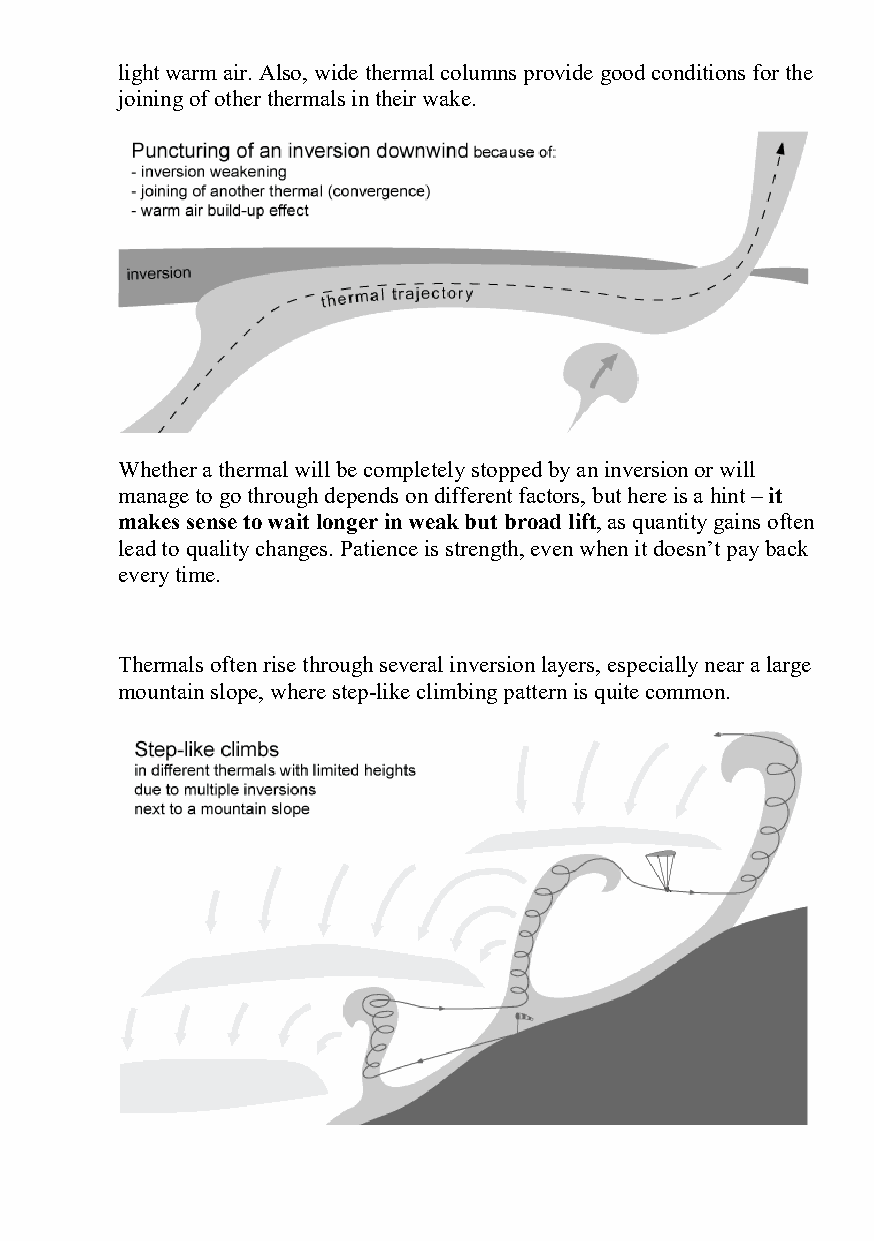
light warm air. Also, wide thermal columns provide good conditions for the
 joining of other thermals in their wake.
 Whether a thermal will be completely stopped by an inversion or will
 manage to go through depends on different factors, but here is a hint – it
 makes sense to wait longer in weak but broad lift, as quantity gains often
 lead to quality changes. Patience is strength, even when it doesn’t pay back
 every time.
 Thermals often rise through several inversion layers, especially near a large
 mountain slope, where step-like climbing pattern is quite common.